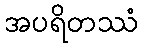
အပရိတဿံ